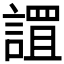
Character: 𮘬